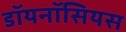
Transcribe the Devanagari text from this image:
डॉयनॉसियस